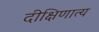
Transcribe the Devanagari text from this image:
दीक्षिणात्य